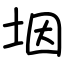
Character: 㘻